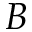
\boldsymbol { B }